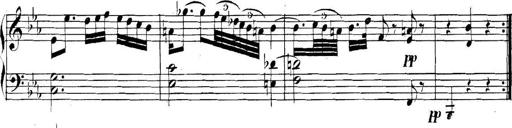
Title: Collected Piano Sonatas
Composer: Muzio Clementi